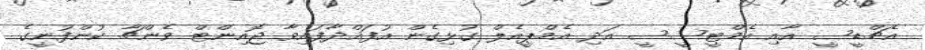
އެޗްޑީސީ އާއި އެމްޓީސީސީ އަދި އެމްޕީއެލް ގުޅިގެން އުފައްދާފައިވާ ޖޮއިންޓް ވެންޗާ ކުންފުނީގެ